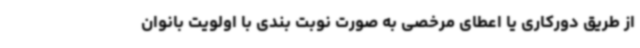
از طریق دورکاری یا اعطای مرخصی به صورت نوبت بندی با اولویت بانوان